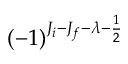
( - 1 ) ^ { J _ { i } - J _ { f } - \lambda - \frac { 1 } { 2 } }